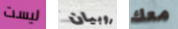
ليست روبيان معك